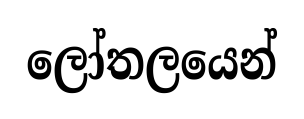
ලෝතලයෙන්